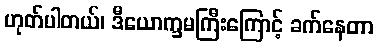
ဟုတ်ပါတယ်၊ ဒီယောက္ခမကြီးကြောင့် ခက်နေတာ